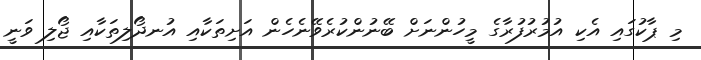
މި ޕާކުގައި އެކި އުމުރުފުރާގެ މީހުންނަށް ބޭނުންކުރެވޭނެހެން އަށިތަކާއި އުނދޯލިތަކާއި ޖޯލި ވަނީ